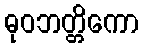
ဓုဝဘတ္တိကော